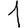
Digit: 1